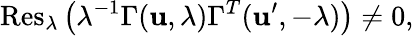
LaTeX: \mathrm{Res}_{\lambda}\left(\lambda^{-1}\Gamma({\mathbf u},\lambda)\Gamma^{T}({\mathbf u^{\prime}},-\lambda)\right)\ne 0,